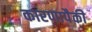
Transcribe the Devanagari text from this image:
कारणापैकी